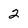
Character: 2